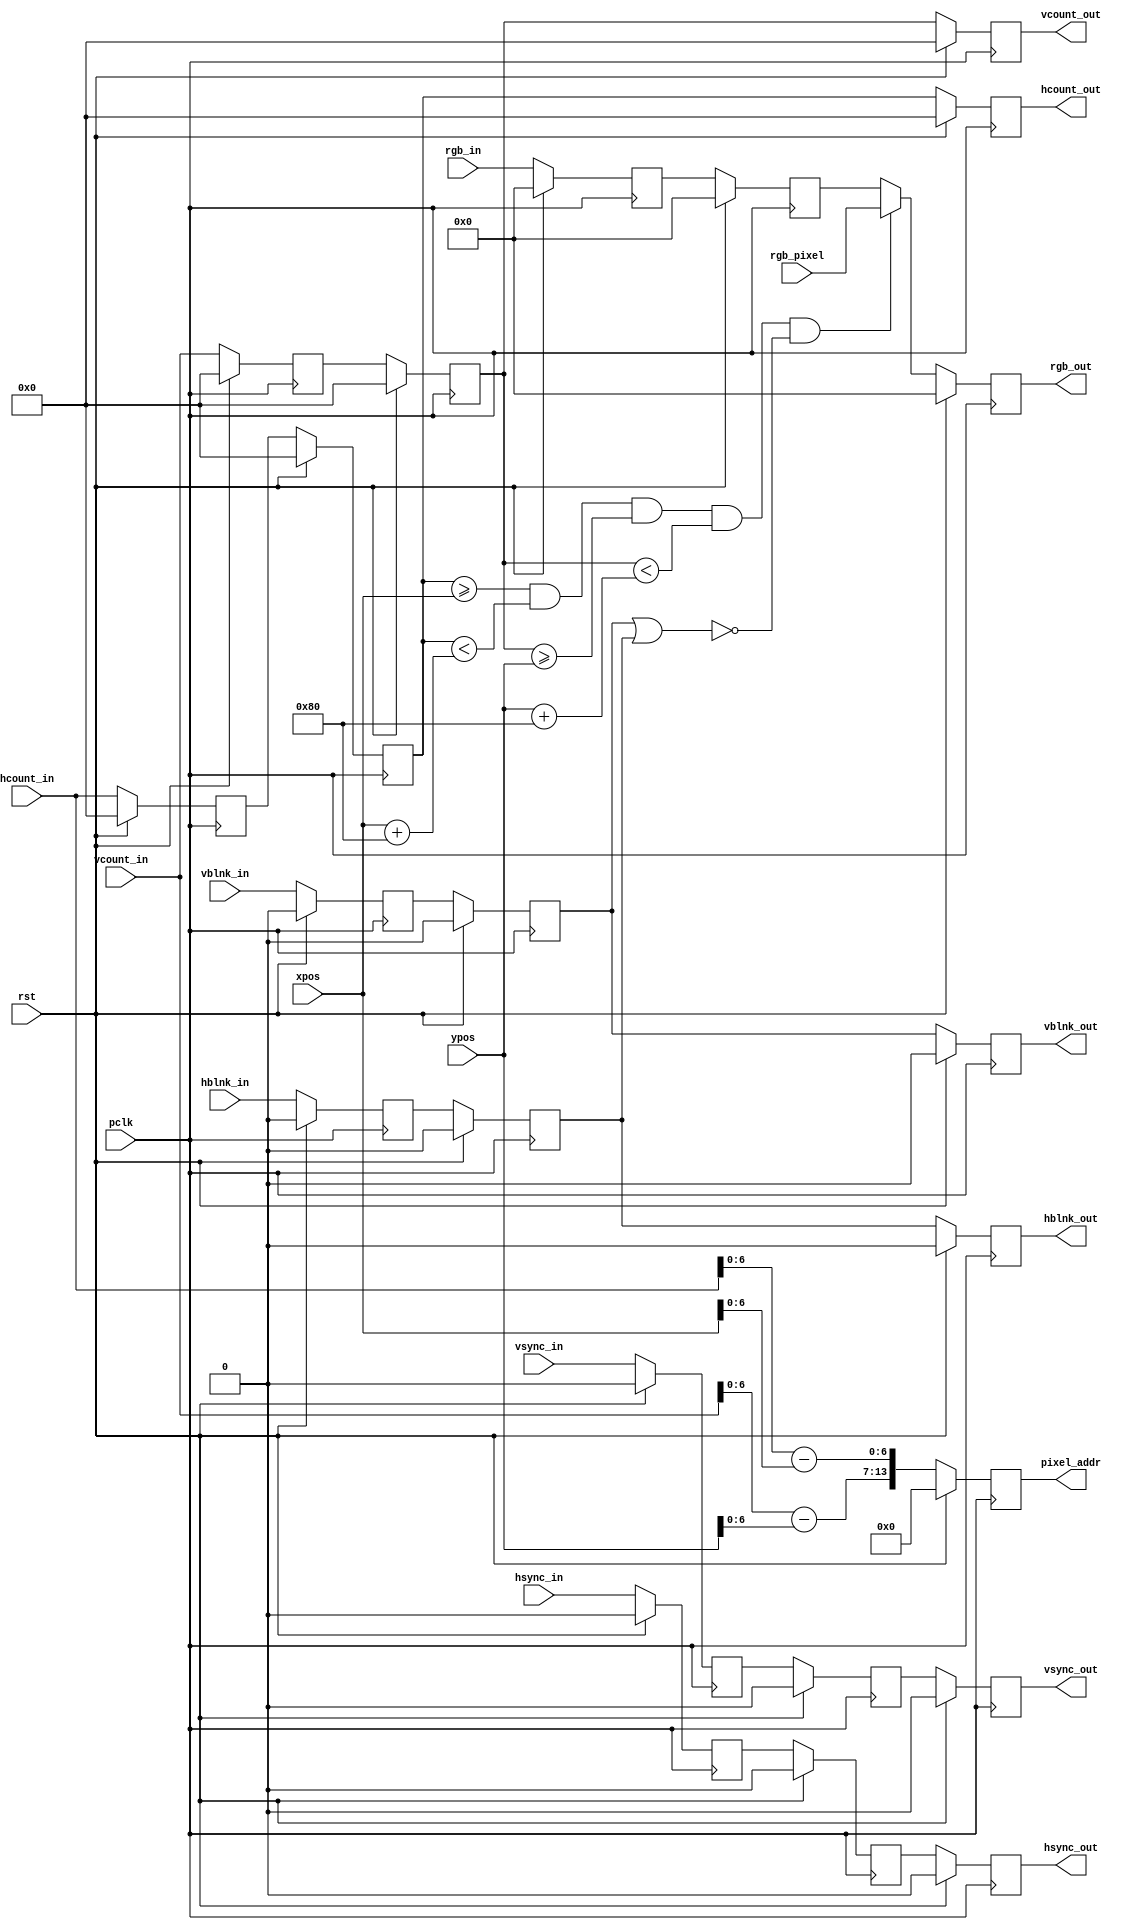
`timescale 1ns / 1ps
//////////////////////////////////////////////////////////////////////////////////
// Company: 
// Engineer: 
// 
// Design Name: 
// Module Name: draw_rect
// Project Name: 
// Target Devices: 
// Tool Versions: 
// Description: 
// 
// Dependencies: 
// 
// Revision:
// Revision 0.01 - File Created
// Additional Comments:
// 
//////////////////////////////////////////////////////////////////////////////////


module draw_rect # (
    parameter
    x_bit_width = 7,
    y_bit_width = 7
    )
    (
    
    input wire pclk,  
    input wire rst,
    input wire [10:0] hcount_in,
    input wire hsync_in,
    input wire hblnk_in,
    input wire [10:0] vcount_in,
    input wire vsync_in,
    input wire vblnk_in,
    
    input wire [11:0] rgb_in,  
    input wire [11:0] xpos,
    input wire [11:0] ypos,
    input wire [11:0] rgb_pixel,
    
    output reg [10:0] hcount_out,
    output reg hsync_out,
    output reg hblnk_out,
    output reg [10:0] vcount_out,
    output reg vsync_out,
    output reg vblnk_out,
    
    output reg [11:0] rgb_out,
    output reg [x_bit_width+y_bit_width-1:0] pixel_addr

    );


    reg [10:0]  hcount_nxt1=0, vcount_nxt1=0,hcount_nxt2=0, vcount_nxt2=0;
    reg         hsync_nxt1=0, hblnk_nxt1=0, vsync_nxt1=0, vblnk_nxt1=0, 
            hsync_nxt2=0, hblnk_nxt2=0, vsync_nxt2=0, vblnk_nxt2=0;
            
    reg [11:0]  rgb_out_nxt = 0, rgb_in_nxt1 = 0, rgb_in_nxt = 0;
    reg [x_bit_width-1:0]   addr_X; 
    reg [y_bit_width-1:0]   addr_Y;
                
    localparam  WIDTH = 2**x_bit_width;
    localparam  HEIGHT = 2**y_bit_width;
		

    always @(posedge pclk) begin
        if(rst) begin
            hcount_nxt1  <= 11'b0;
            vcount_nxt1  <= 11'b0;    
            hsync_nxt1   <= 1'b0;
            vsync_nxt1   <= 1'b0;
            hblnk_nxt1   <= 1'b0;
            vblnk_nxt1   <= 1'b0;
         
            hcount_nxt2  <= 11'b0;
            vcount_nxt2  <= 11'b0;      
            hsync_nxt2   <= 1'b0;
            vsync_nxt2   <= 1'b0;
            hblnk_nxt2   <= 1'b0;
            vblnk_nxt2   <= 1'b0;
         
            hcount_out  <= 11'b0;
            vcount_out  <= 11'b0;
            hsync_out   <= 1'b0;
            vsync_out   <= 1'b0;
            hblnk_out   <= 1'b0;
            vblnk_out   <= 1'b0;
         
            rgb_out     <= 12'b0;
         
            rgb_in_nxt1 <= 12'b0;
            rgb_in_nxt  <= 12'b0;
            pixel_addr  <= 16'b0;
        end
        else begin
            hcount_nxt1  <= hcount_in;
            vcount_nxt1  <= vcount_in;      
            hsync_nxt1   <= hsync_in;
            vsync_nxt1   <= vsync_in;
            hblnk_nxt1   <= hblnk_in;
            vblnk_nxt1   <= vblnk_in;
            
            hcount_nxt2  <= hcount_nxt1;
            vcount_nxt2  <= vcount_nxt1;      
            hsync_nxt2   <= hsync_nxt1;        // delay by 2 clock cycles 
            vsync_nxt2   <= vsync_nxt1;
            hblnk_nxt2   <= hblnk_nxt1;
            vblnk_nxt2   <= vblnk_nxt1;
            
            hcount_out  <= hcount_nxt2;
            vcount_out  <= vcount_nxt2;      
            hsync_out   <= hsync_nxt2;
            vsync_out   <= vsync_nxt2;
            hblnk_out   <= hblnk_nxt2;
            vblnk_out   <= vblnk_nxt2;
            
            rgb_out     <= rgb_out_nxt;
        
            rgb_in_nxt1 <= rgb_in_nxt;
            rgb_in_nxt  <= rgb_in;
            pixel_addr  <= {addr_Y,addr_X};
        end
    end
    
    always @* begin
        addr_X = hcount_in - xpos;
        addr_Y = vcount_in - ypos;
        rgb_out_nxt = rgb_in_nxt1;
        
        if( hcount_nxt2 >= xpos && hcount_nxt2 < xpos + WIDTH && vcount_nxt2 >= ypos && vcount_nxt2 < ypos + HEIGHT && !(vblnk_nxt2 || hblnk_nxt2) ) 
            rgb_out_nxt = rgb_pixel;
        
    end   
     
endmodule